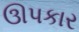
ઊપકાર